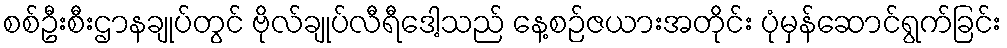
စစ်ဦးစီးဌာနချုပ်တွင် ဗိုလ်ချုပ်လီရီဒေါ့သည် နေ့စဉ်ဇယားအတိုင်း ပုံမှန်ဆောင်ရွက်ခြင်း